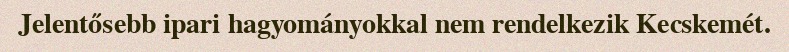
Jelentősebb ipari hagyományokkal nem rendelkezik Kecskemét.